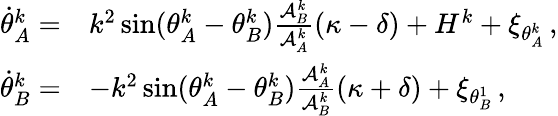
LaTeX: \begin{array}{rl}{\dot{\theta}_{A}^{k}=}&{k^{2}\sin(\theta_{A}^{k}-\theta_{B}^{k})\frac{\mathcal{A}_{B}^{k}}{\mathcal{A}_{A}^{k}}(\kappa-\delta)+H^{k}+\xi_{\theta_{A}^{k}}\, ,}\\ {\dot{\theta}_{B}^{k}=}&{-k^{2}\sin(\theta_{A}^{k}-\theta_{B}^{k})\frac{\mathcal{A}_{A}^{k}}{\mathcal{A}_{B}^{k}}(\kappa+\delta)+\xi_{\theta_{B}^{1}}\, ,}\end{array}